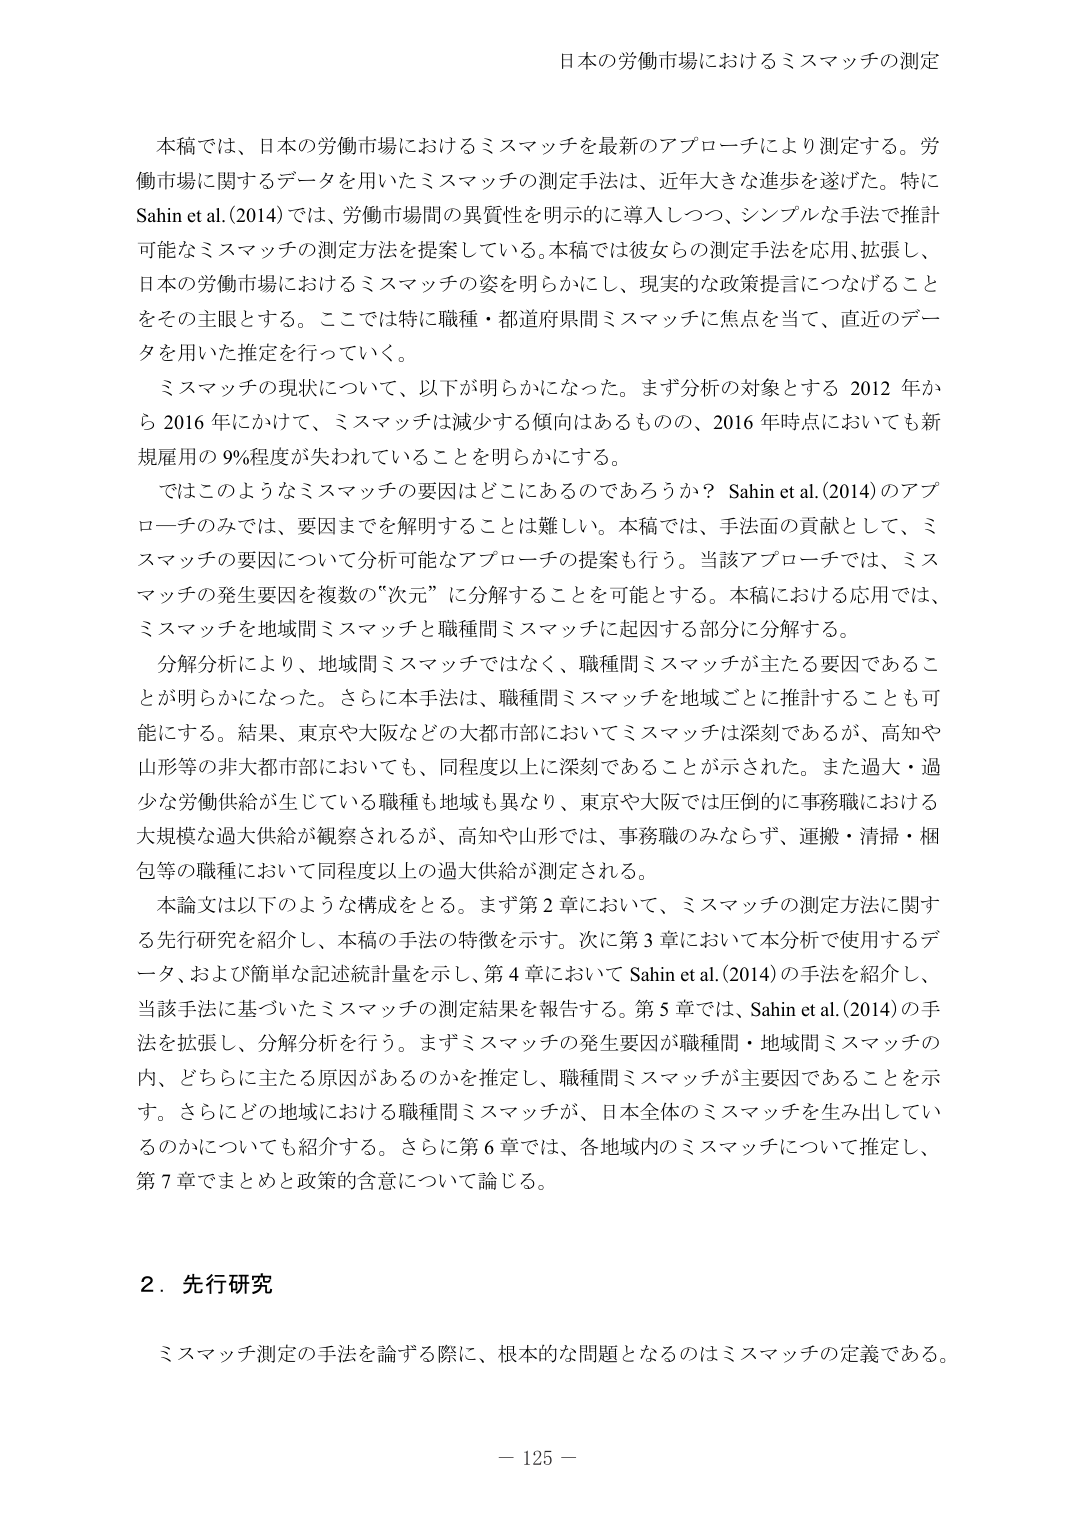
日本の労働市場におけるミスマッチの測定

本稿では、日本の労働市場におけるミスマッチを最新のアプローチにより測定する。労働市場に関するデータを用いたミスマッチの測定手法は、近年大きな進歩を遂げた。特にSahin et al. (2014)では、労働市場間の異質性を明示的に導入しつつ、シンプルな手法で推計可能なミスマッチの測定方法を提案している。本稿では彼女らの測定手法を応用、拡張し、日本の労働市場におけるミスマッチの姿を明らかにし、現実的な政策提言につなげることをその主眼とする。ここでは特に職種・都道府県間ミスマッチに焦点を当て、直近のデータを用いた推定を行っていく。

ミスマッチの現状について、以下が明らかになった。まず分析の対象とする2012年から2016年にかけて、ミスマッチは減少する傾向はあるものの、2016年時点においても新規雇用の9%程度が失われていることを明らかにする。

ではこのようなミスマッチの要因はどこにあるのであろうか？ Sahin et al. (2014)のアプローチのみでは、要因までを解明することは難しい。本稿では、手法面の貢献として、ミスマッチの要因について分析可能なアプローチの提案も行う。当該アプローチでは、ミスマッチの発生要因を複数の“次元”に分解することを可能とする。本稿における応用では、ミスマッチを地域間ミスマッチと職種間ミスマッチに起因する部分に分解する。

分解分析により、地域間ミスマッチではなく、職種間ミスマッチが主たる要因であることが明らかになった。さらに本手法は、職種間ミスマッチを地域ごとに推計することも可能にする。結果、東京や大阪などの大都市部においてミスマッチは深刻であるが、高知や山形等の非大都市部においても、同程度以上に深刻であることが示された。また過大・過少な労働供給が生じている職種も地域も異なり、東京や大阪では圧倒的に事務職における大規模な過大供給が観察されるが、高知や山形では、事務職のみならず、運搬・清掃・梱包等の職種において同程度以上の過大供給が測定される。

本論文は以下のような構成をとる。まず第2章において、ミスマッチの測定方法に関する先行研究を紹介し、本稿の手法の特徴を示す。次に第3章において本分析で使用するデータ、および簡単な記述統計量を示し、第4章においてSahin et al. (2014)の手法を紹介し、当該手法に基づいたミスマッチの測定結果を報告する。第5章では、Sahin et al. (2014)の手法を拡張し、分解分析を行う。まずミスマッチの発生要因が職種間・地域間ミスマッチの内、どちらに主たる原因があるのかを推定し、職種間ミスマッチが主因であることを示す。さらにどの地域における職種間ミスマッチが、日本全体のミスマッチを生み出しているのかについても紹介する。さらに第6章では、各地域内のミスマッチについて推定し、第7章でまとめと政策的含意について論じる。

2．先行研究

ミスマッチ測定の手法を論ずる際に、根本的な問題となるのはミスマッチの定義である。

－ 125 －